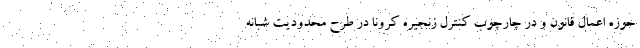
حوزه اعمال قانون و در چارچوب کنترل زنجیره کرونا در طرح محدودیت شبانه